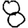
Digit: 8